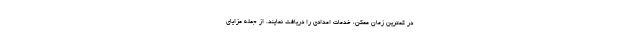
در کمترین زمان ممکن، خدمات امدادی را دریافت نمایند. از جمله مزایای